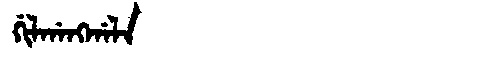
Manchu: ᡤᡳᠯᡤᠠᠩᡤᠠᠯᠠ
Romanization: GILGANGGALA